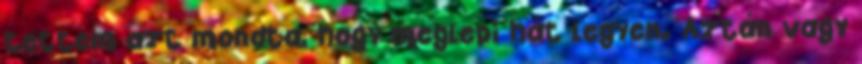
tettem azt mondta, hogy meglepi hát legyen. Aztán vagy